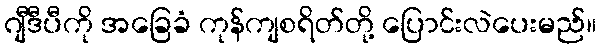
ဂျီဒီပီကို အခြေခံ ကုန်ကျစရိတ်တို့ ပြောင်းလဲပေးမည်။